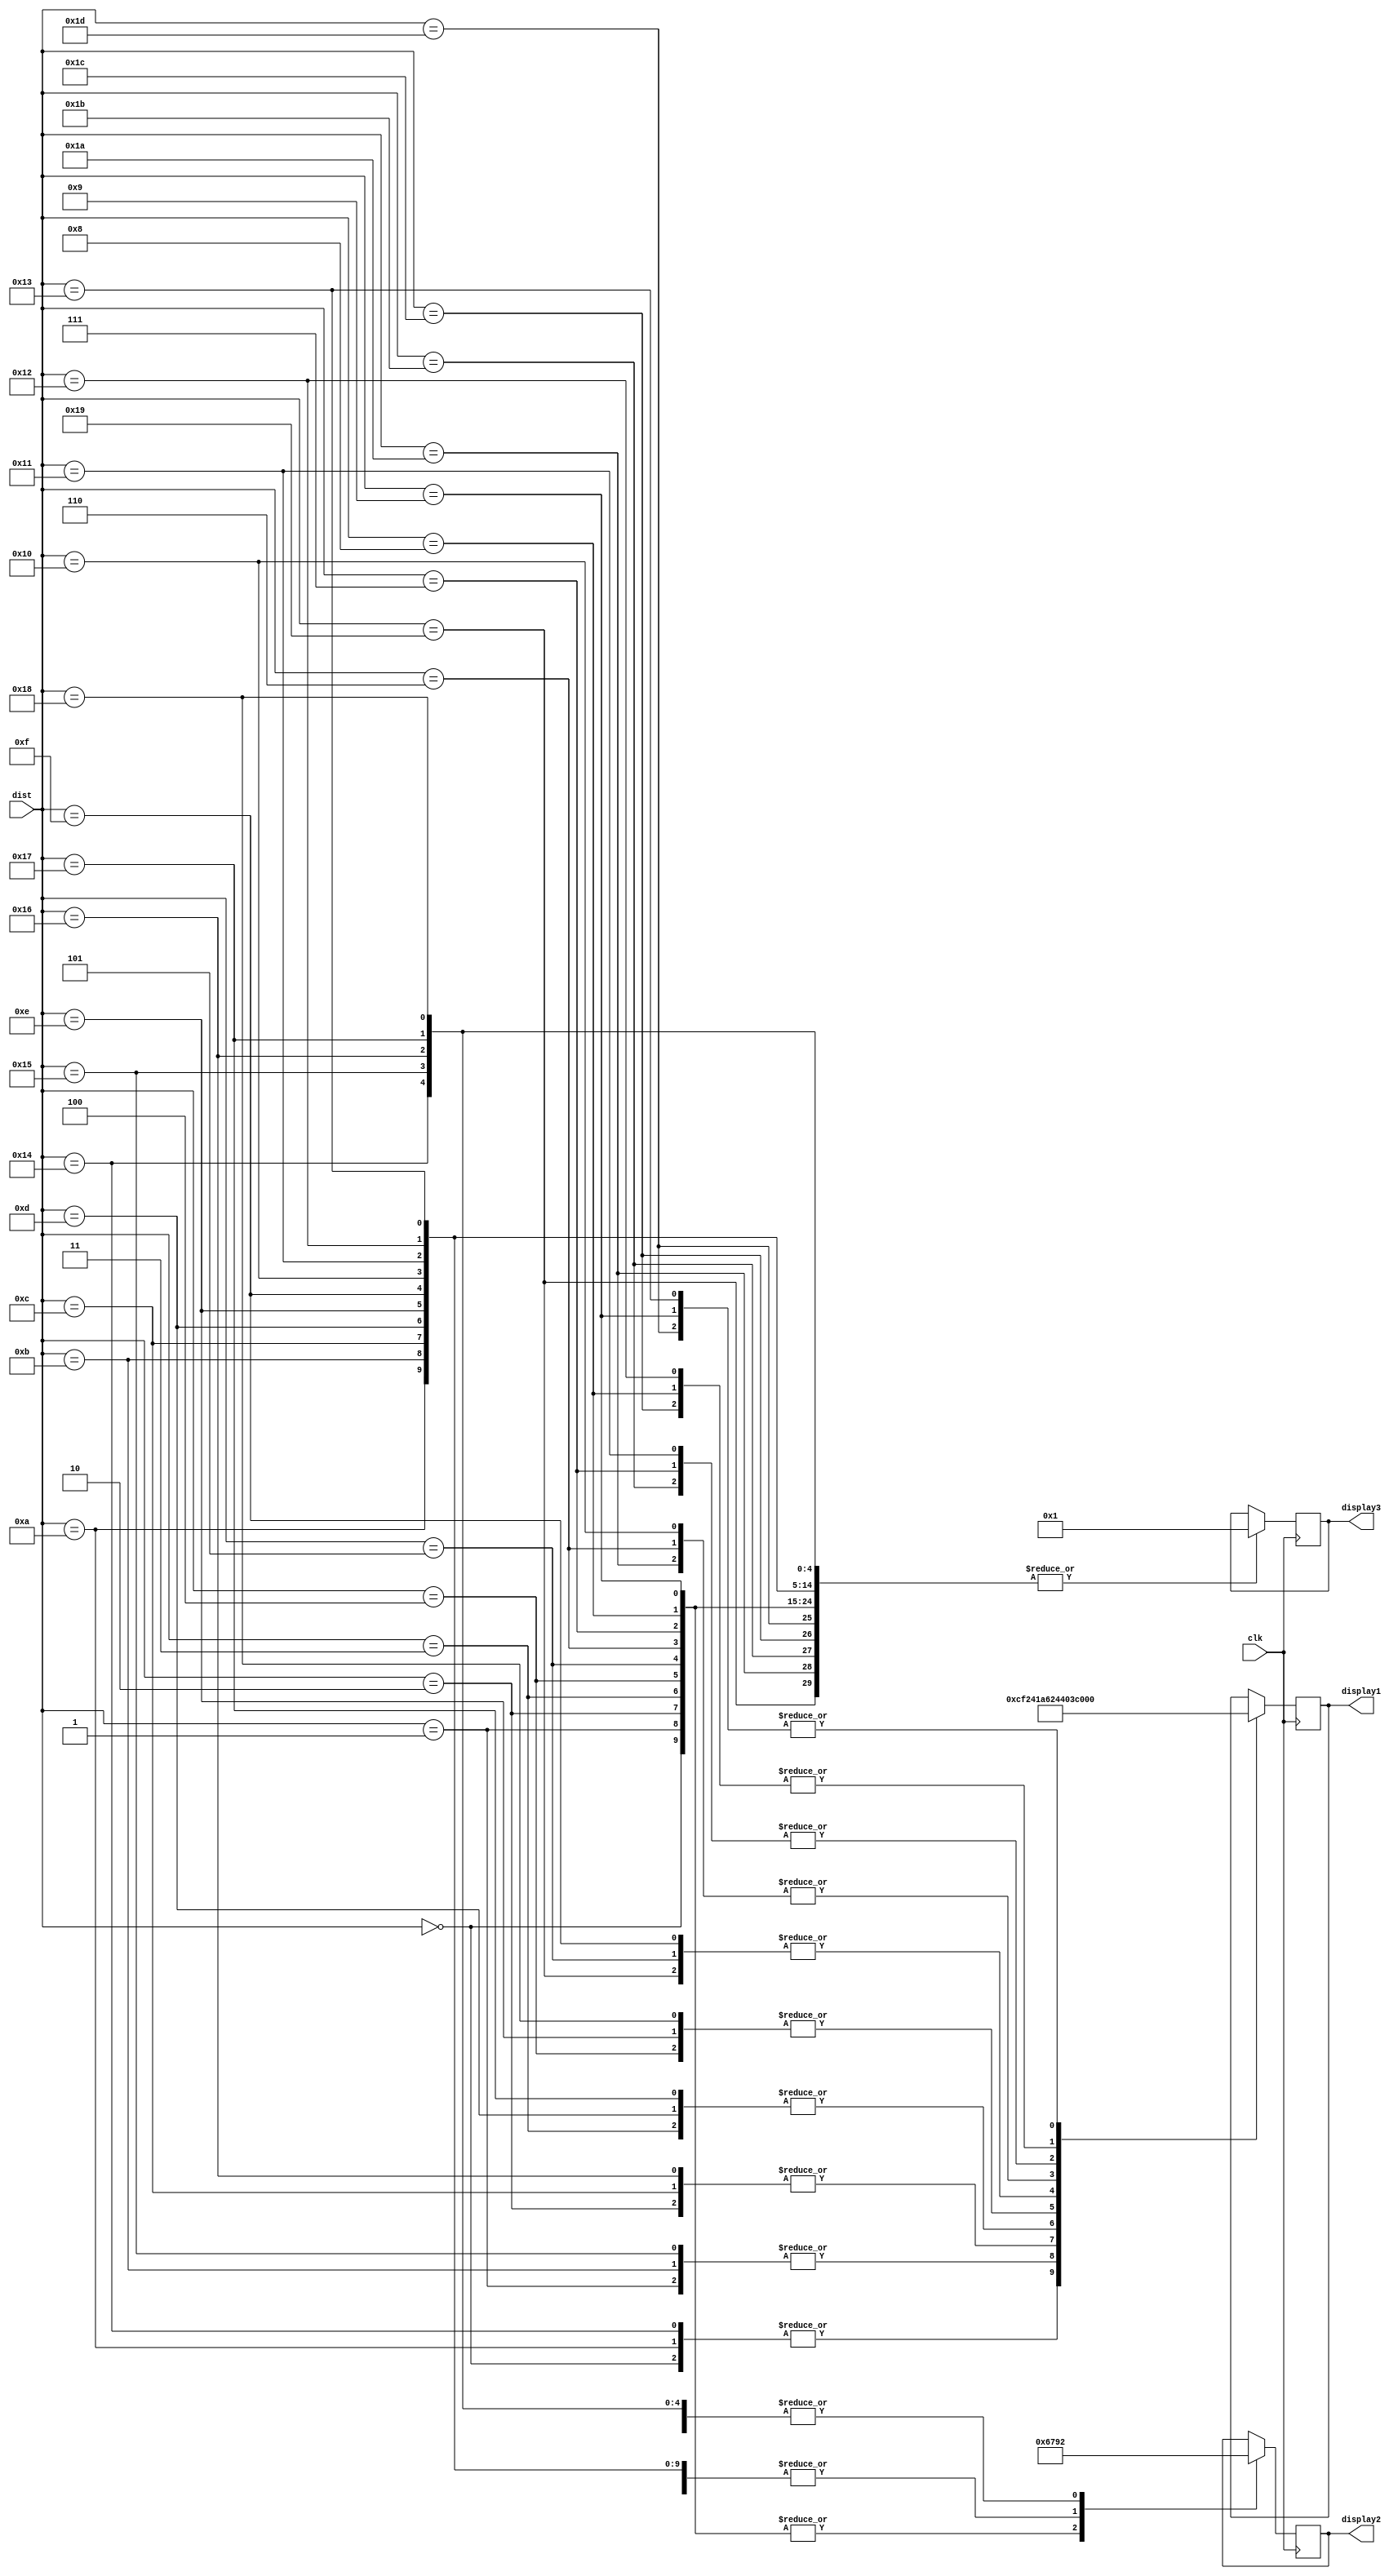
module Displays(input clk,
					 input [26:0] dist,
					 output reg [6:0] display1,
					 output reg [6:0] display2,
					 output reg [6:0] display3);

					 
					 
initial
begin
display1 = 7'b1000000;
display2 = 7'b1000000;
display3 = 7'b1000000;
end


always @(posedge clk)
case (dist)
		 0 : begin display1 = 7'b0000001;//0
		           display2 = 7'b0000001;//0
					  display3 = 7'b0000001;//0
					  end
		 1 : begin display1 = 7'b1001111;//1
		           display2 = 7'b0000001;//0
					  display3 = 7'b0000001;//0
					  end
		 2 : begin display1 = 7'b0010010;//2
		           display2 = 7'b0000001;//0
					  display3 = 7'b0000001;//0
					  end
		 3 : begin display1 = 7'b0000110;//3
		           display2 = 7'b0000001;//0
					  display3 = 7'b0000001;//0
					  end
		 4 : begin display1 = 7'b1001100;//4
		           display2 = 7'b0000001;//0
					  display3 = 7'b0000001;//0
					  end
		 5 : begin display1 = 7'b0100100;//5
		           display2 = 7'b0000001;//0
					  display3 = 7'b0000001;//0
					  end	  
		 6 : begin display1 = 7'b0100000;//6
		           display2 = 7'b0000001;//0
					  display3 = 7'b0000001;//0
					  end	  			  
		 7 : begin display1 = 7'b0001111;//7
		           display2 = 7'b0000001;//0
					  display3 = 7'b0000001;//0
					  end	 
		 8 : begin display1 = 7'b0000000;//8
		           display2 = 7'b0000001;//0
					  display3 = 7'b0000001;//0
					  end	
		 9 : begin display1 = 7'b0000100;//9
		           display2 = 7'b0000001;//0
					  display3 = 7'b0000001;//0
					  end				  
		 10 : begin display1 = 7'b0000001;//0
		            display2 = 7'b1001111;//1
					   display3 = 7'b0000001;//0
					   end		
		 11 : begin display1 = 7'b1001111;//1
		            display2 = 7'b1001111;//1
					   display3 = 7'b0000001;//0
					   end		
		 12 : begin display1 = 7'b0010010;//2
		            display2 = 7'b1001111;//1
					   display3 = 7'b0000001;//0
					  end
		 13 : begin display1 = 7'b0000110;//3
		            display2 = 7'b1001111;//1
					   display3 = 7'b0000001;//0
					   end
		 14 : begin display1 = 7'b1001100;//4
		            display2 = 7'b1001111;//1
					   display3 = 7'b0000001;//0
					   end
		 15 : begin display1 = 7'b0100100;//5
		            display2 = 7'b1001111;//1
					   display3 = 7'b0000001;//0
					   end	  
		 16 : begin display1 = 7'b0100000;//6
		            display2 = 7'b1001111;//1
					   display3 = 7'b0000001;//0
					   end	  			  
		 17 : begin display1 = 7'b0001111;//7
		            display2 = 7'b1001111;//1
					   display3 = 7'b0000001;//0
					   end	 
		 18 : begin display1 = 7'b0000000;//8
		            display2 = 7'b1001111;//1
					   display3 = 7'b0000001;//0
					   end	
		 19 : begin display1 = 7'b0000100;//9
		            display2 = 7'b1001111;//1
					   display3 = 7'b0000001;//0
					   end				 
		 20 : begin display1 = 7'b0000001;//0
		            display2 = 7'b0010010;//2
					   display3 = 7'b0000001;//0
					   end		
		 21 : begin display1 = 7'b1001111;//1
		            display2 = 7'b0010010;//2
					   display3 = 7'b0000001;//0
					   end		
		 22 : begin display1 = 7'b0010010;//2
		            display2 = 7'b0010010;//2
					   display3 = 7'b0000001;//0
					  end
		 23 : begin display1 = 7'b0000110;//3
		            display2 = 7'b0010010;//2
					   display3 = 7'b0000001;//0
					   end
		 24 : begin display1 = 7'b1001100;//4
		            display2 = 7'b0010010;//2
					   display3 = 7'b0000001;//0
					   end
		 25 : begin display1 = 7'b0100100;//5
		            display2 = 7'b1001111;//1
					   display3 = 7'b0000001;//0
					   end	  
		 26 : begin display1 = 7'b0100000;//6
		            display2 = 7'b0010010;//2
					   display3 = 7'b0000001;//0
					   end	  			  
		 27 : begin display1 = 7'b0001111;//7
		            display2 = 7'b0010010;//2
					   display3 = 7'b0000001;//0
					   end	 
		 28 : begin display1 = 7'b0000000;//8
		            display2 = 7'b0010010;//2
					   display3 = 7'b0000001;//0
					   end	
		 29 : begin display1 = 7'b0000100;//9
		            display2 = 7'b0010010;//2
					   display3 = 7'b0000001;//0
					   end				 			
default begin end
endcase

endmodule